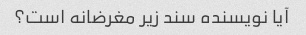
آیا نویسنده سند زیر مغرضانه است؟